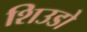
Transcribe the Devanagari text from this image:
शिउडो